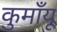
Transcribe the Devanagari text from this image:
कुमाँयू